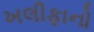
ખલીફાનો